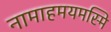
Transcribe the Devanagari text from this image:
नामाहमयमस्मि